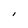
Character: I